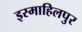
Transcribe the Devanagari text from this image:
इस्माहिलपुर